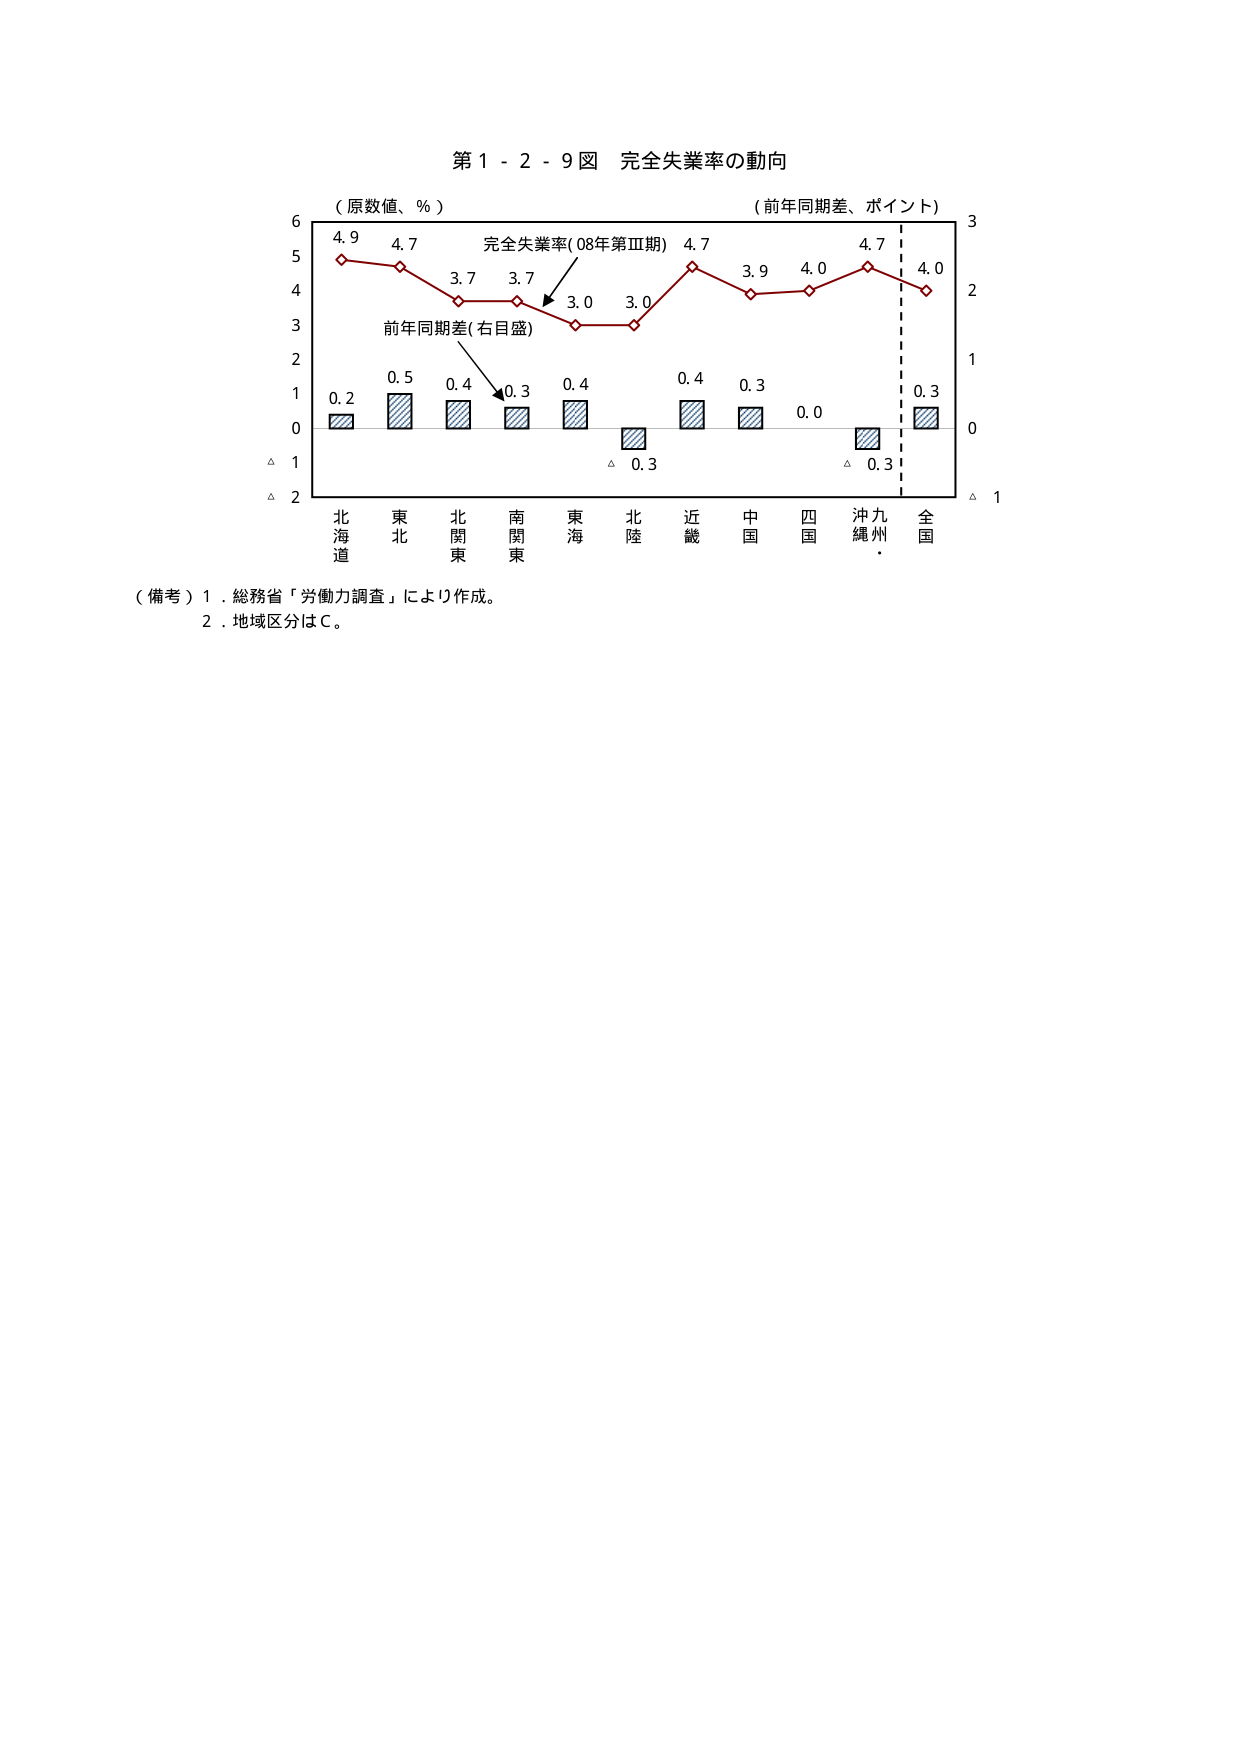
第１－２－９図 完全失業率の動向

（原数値、％）　　　　　　　　　　　　　　（前年同期差、ポイント）

4.9　4.7　3.7　3.7　3.0　3.0　4.7　3.9　4.0　4.7　4.0
　　　　　　　　　　　　　　　　　　　　　　　　　　　　（完全失業率（08年第Ⅲ期））

0.2　0.5　0.4　0.3　0.4　△0.3　0.4　0.3　0.0　△0.3　0.3
　　　　　　　　　　　　　　　　　　　　　　　　　　　　（前年同期差（右目盛））

北海道　東北　北関東　南関東　東海　北陸　近畿　中国　四国　沖縄・九州　全国

（備考）１．総務省「労働力調査」により作成。
　　　２．地域区分はＣ。